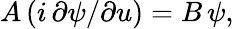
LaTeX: A\, (i\, \partial\psi/\partial u)=B\, \psi,